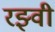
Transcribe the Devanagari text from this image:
रझ्वी